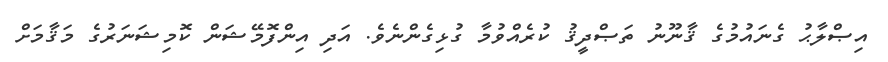
އިޞްލާޙު ގެނައުމުގެ ޤާނޫނު ތަޞްދީޤު ކުރެއްވުމާ ގުޅިގެންނެވެ. އަދި އިންފޮމޭޝަން ކޮމިޝަނަރުގެ މަޤާމަށް